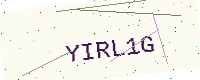
Text: YIRL1G